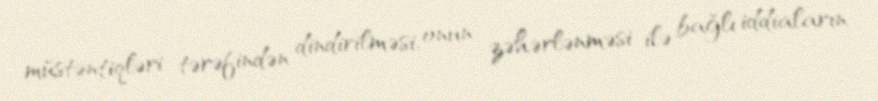
müstəntiqləri tərəfindən dindirilməsi, onun zəhərlənməsi ilə bağlı iddiaların